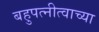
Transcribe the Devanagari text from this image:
बहुपत्नीत्वाच्या